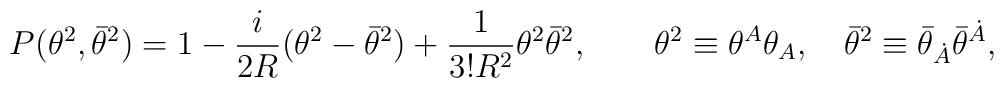
P(\theta^2,\bar\theta^2)=1-{i\over{2R}}(\theta^2-\bar\theta^2)+{1\over{3!R^2}}\theta^2\bar\theta^2, \qquad \theta^2\equiv \theta^A\theta_A,\quad \bar\theta^2\equiv\bar\theta_{\dot A}\bar\theta^{\dot A},